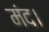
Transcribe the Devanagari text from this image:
मंद।